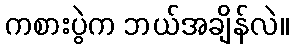
ကစားပွဲက ဘယ်အချိန်လဲ။